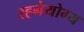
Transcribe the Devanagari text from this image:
रहनेयोग्य